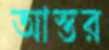
আস্তর